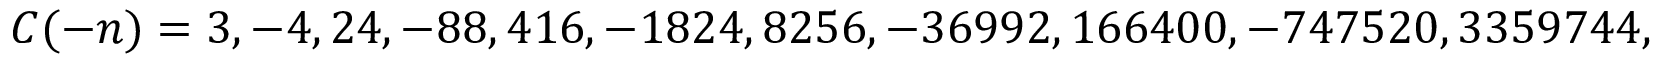
C ( - n ) = 3 , - 4 , 2 4 , - 8 8 , 4 1 6 , - 1 8 2 4 , 8 2 5 6 , - 3 6 9 9 2 , 1 6 6 4 0 0 , - 7 4 7 5 2 0 , 3 3 5 9 7 4 4 , . . .